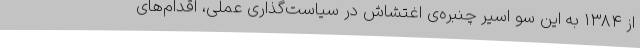
از ۱۳۸۴ به این سو اسیر چنبره‌ی اغتشاش در سیاست‌گذاری عملی، اقدام‌های